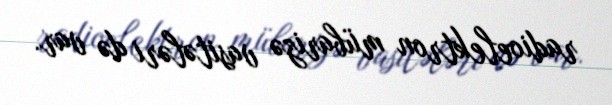
radioelektron mübarizə vasitələri də var.